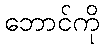
ဘောင်ကို